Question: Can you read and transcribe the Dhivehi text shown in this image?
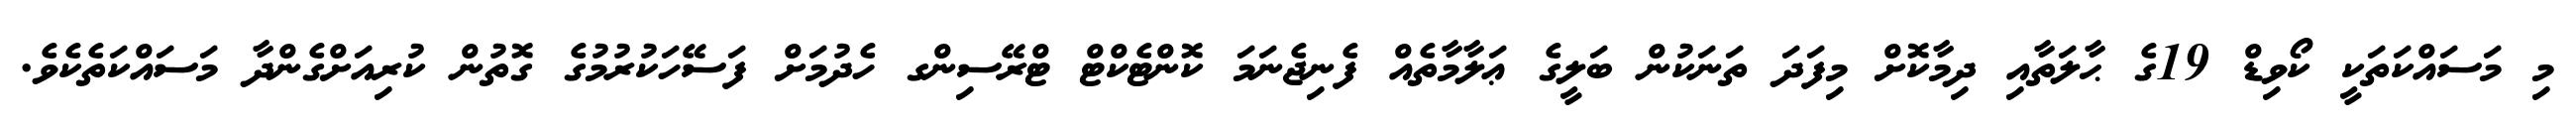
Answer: މި މަސައްކަތަކީ ކޯވިޑް 19ގެ ޙާލަތާއި ދިމާކޮށް މިފަދަ ތަނަކުން ބަލީގެ ޢަލާމާތެއް ފެނިޖެނަމަ ކޮންޓެކްޓް ޓްރޭސިންގ ހެދުމަށް ފަސޭހަކުރުމުގެ ގޮތުން ކުރިއަށްގެންދާ މަސައްކަތެކެވެ.